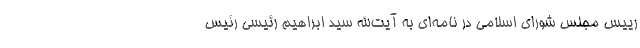
رییس مجلس شورای اسلامی در نامه‌ای به آیت‌الله سید ابراهیم رئیسی رئیس